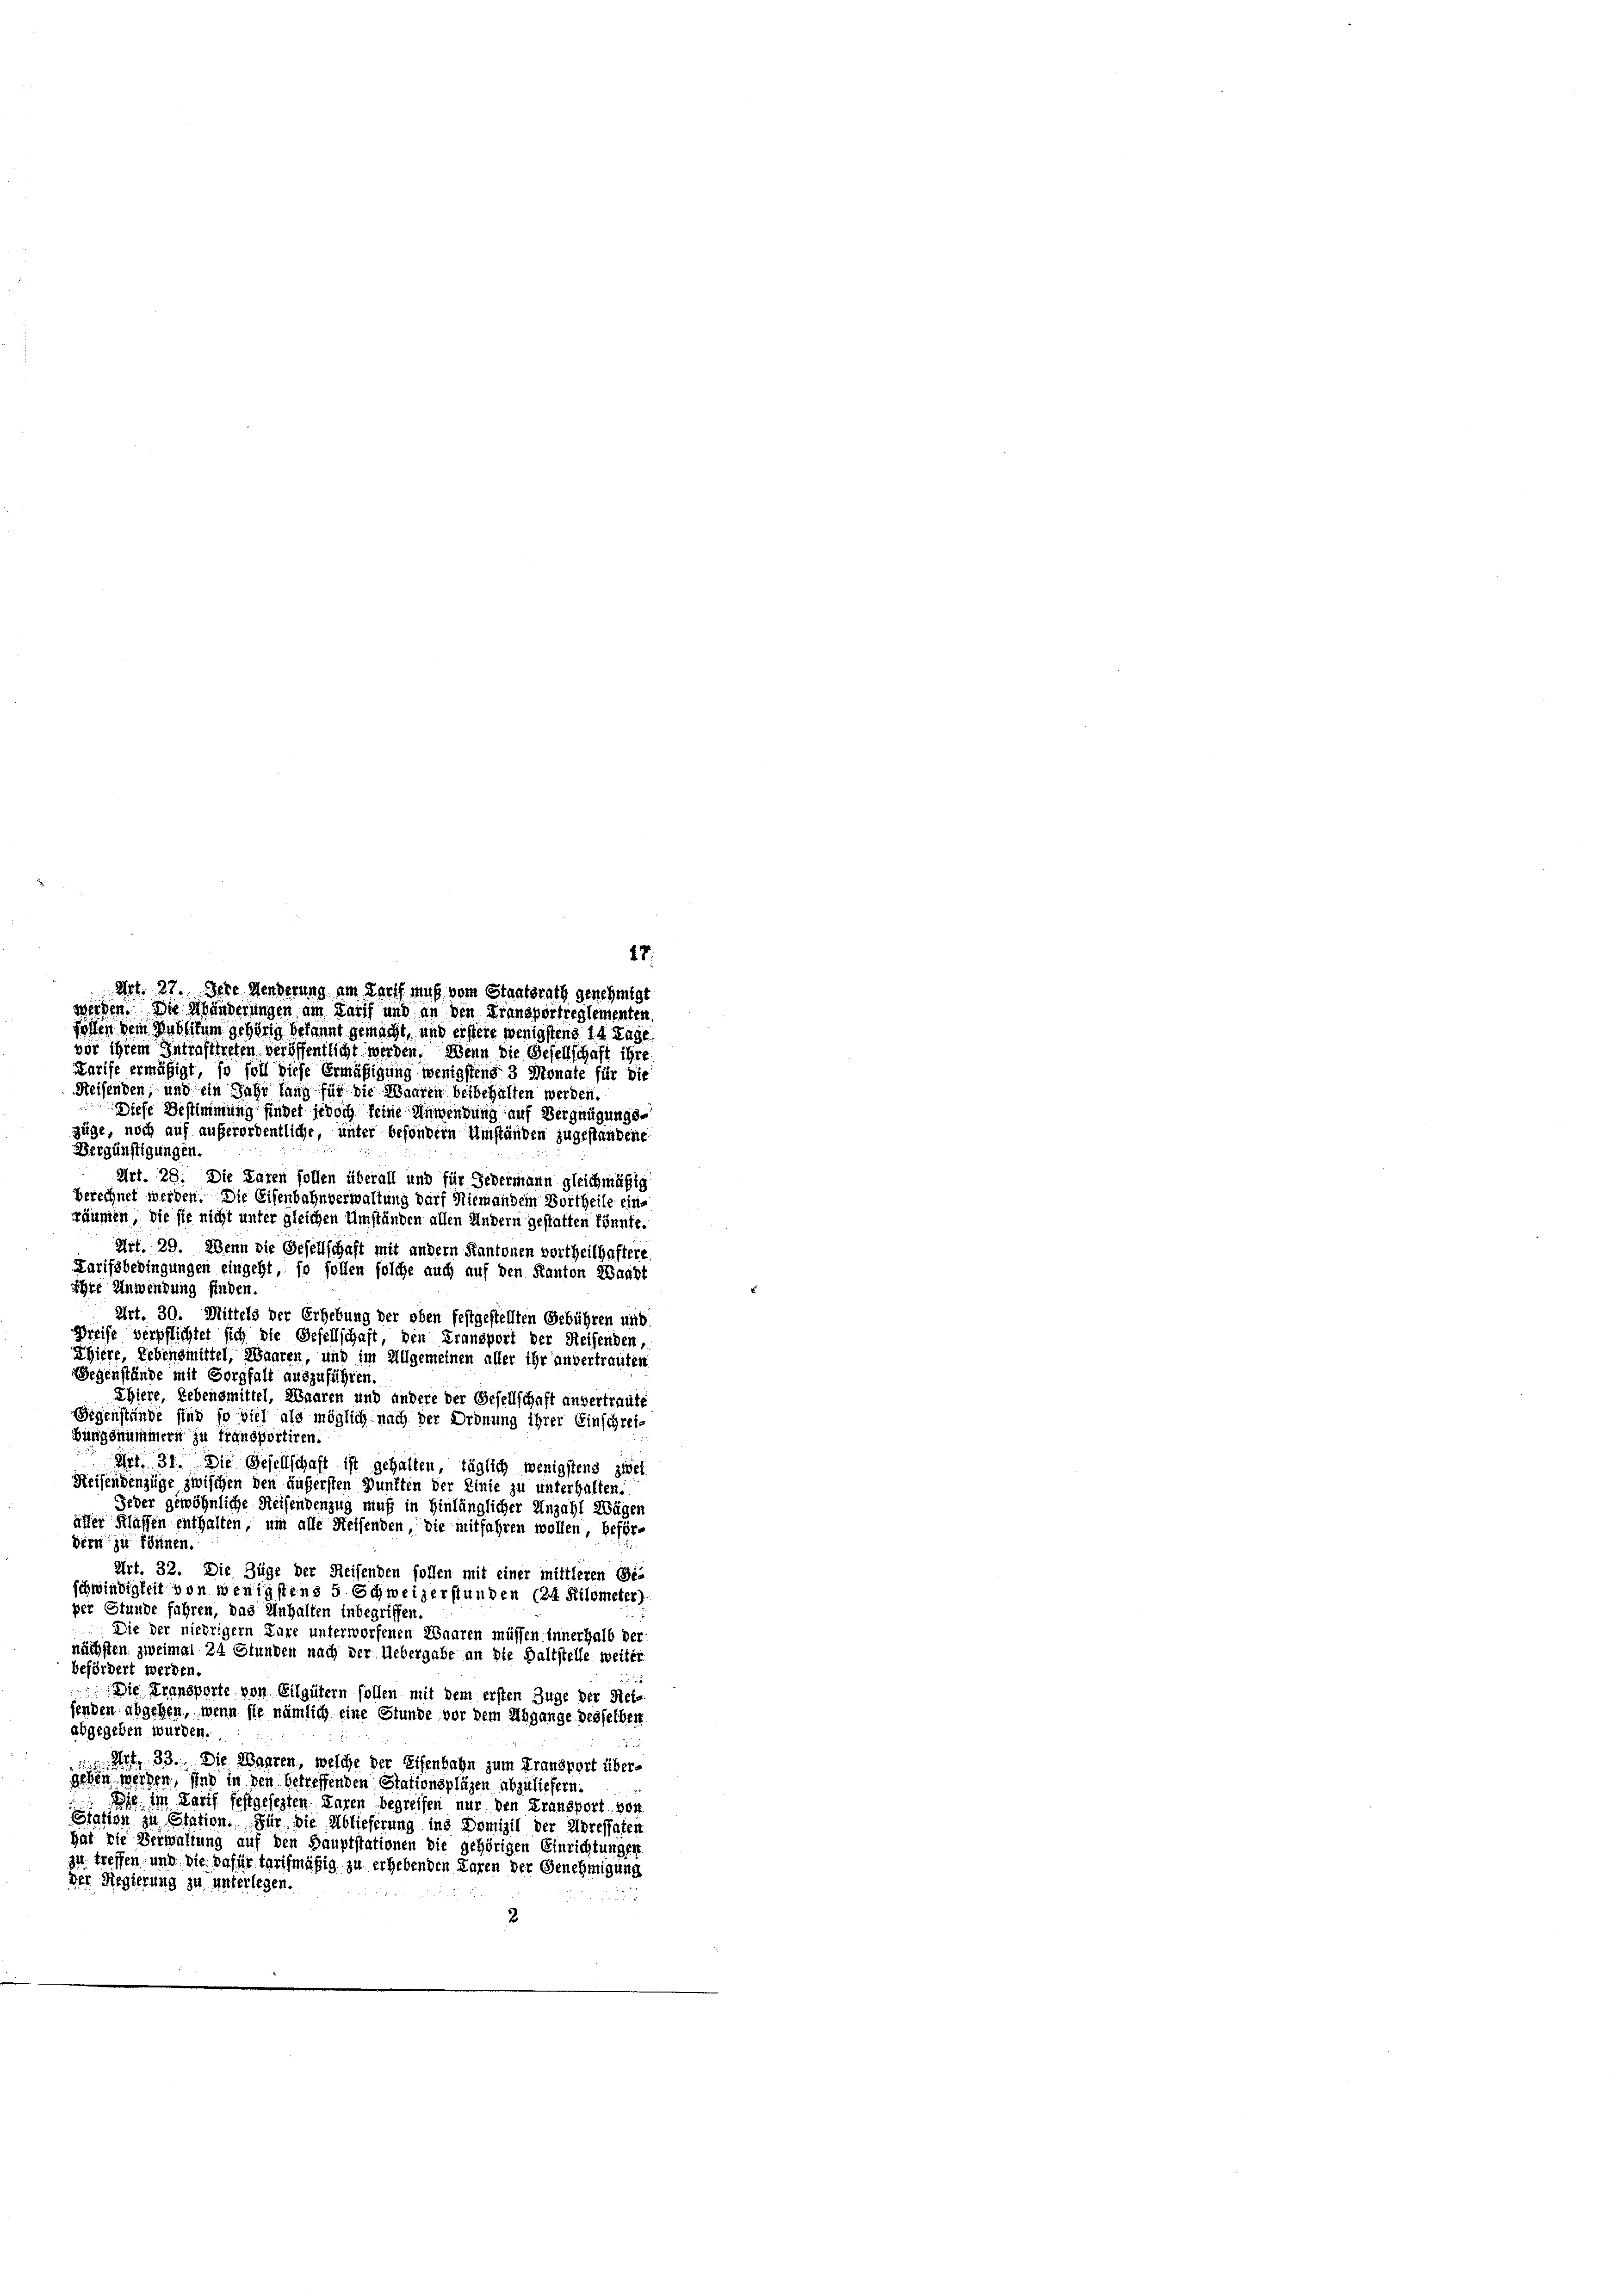
Art. 27. Jere Menderung am Tarif muß vom Staatsrath genehmigt
werden. Die Abänderungen am Tarif und an den Transportreglementen

17.

sollen dem Publikum gehörig bekannt gemacht, und erstere wenigstens 14 Tage
vor ihrem Intrafttreten veröffentlicht werden. Wenn die Gesellschaft ihre
Karife ermäßigt, so soll diese Ermäßigung wenigstens 3 Monate für die
Reisenden, und ein Jahr lang für die Waaren beibehalten werden.
Diese Bestimmung findet jedoch keine Anwendung auf Vergnügungszüge, noch auf außerordentliche, unter besondern Umständen zugestandene
Vergünstigungen
Art. 28. Die Paren sollen überall und für Gedermann gleichmäßig
berechnet werden. Die Eisenbahnverwaltung darf Niemandem Vortheile eine
räumen, die sie nicht unter gleichen Umständen allen Andern gestatten könnte.
Art. 29. Wenn die Gesellschaft mit andern Kantonen vortheilhaftere
Karifsbedingungen eingeht, so sollen solche auch auf den Kanton Waadt
hre Anwendung finden.
Art. 30. Mittels der Erhebung der oben festgestellten Gebühren und
Greife verpflichtet sich die Gesellschaft, den Fransport der Reifenden,
Ehiere, Lebensmittel, Waaren, und im Allgemeinen aller ihr anvertrauten
Gegenstände mit Sorgfalt auszuführen.
Egiere, Lebensmittel, Waaren und andere der Gesellschaft anvertraute
Gegenstände sind so viel als möglich nach der Ordnung ihrer Einschreibungsnummern zu fransportiren.
Art. 31. Die Gesellschaft ist gehalten, täglich wenigstens zwei
Reisendenzüge zwischen den äußersten Punkten der Linie zu unterhalten.
Jeder gewöhnliche Reisendenzug muß in hinlänglicher Anzahl Wägen
üller Klassen enthalten, um alle Steisenden, die mitfahren wollen, befördern zu können.
Art. 32. Die Züge der Reisenden sollen mit einer mittleren Gei
schwindigkeit von wenigstens 5 Schweizerstunden (24 Kilometer)
per Stunde fahren, das Inhalten inbegriffen.
Die der niedriger Läre unterworfenen Waaren müssen innerhalb der
nächsten zweimal 24 Stunden nach der Uebergabe an die Haltstelle weiter
befördert werden.
Die Transporte von Eilgütern sollen mit dem ersten Zuge der Mei-
fenden abgehen, wenn sie nämlich eine Stunde vor dem Abgange desselben
abgegeben wurden.
d
 Art. 33. Die Waaren, welche der Eisenbahn zum Fransport übergeßen werden, sind in den betreffenden Stationsplägen abzuliefern.
f im Tarif festgesezten Paren begreifen nur den Fransport, von
Gration zu Station. Für die Ablieferung ins Domizil der Adressaten
hat die Verwaltung auf den Hauptstationen die gehörigen Einrichtungen
zu treffen, und die dafür tarifmäßig zu erhebenden Paren der Genehmigung
Der Regierung zu unterlegen.
2